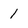
Character: 1